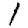
Digit: 1